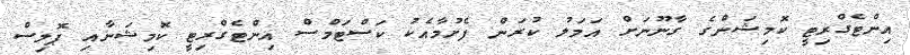
އިންޓެގްރިޓީ ކޮމިޝަންގެ ގާނޫނަށް އަމަލު ކުރަން ފެށުމާއެކު ކަސްޓަމްސް އިންޓެގްރިޓީ ކޮމިޝަނާއި ޕޮލިސް